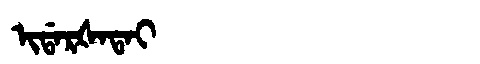
Manchu: ᡳᡩᠠᡵᡧᠠᡨᠠᡳ
Romanization: IDARŠATAI